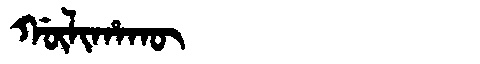
Manchu: ᡤᡡᠯᡳᡥᠠᡴᡡ
Romanization: GŪLIHAKŪ